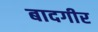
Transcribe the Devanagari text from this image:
बादगीर